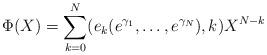
LaTeX: \begin{align*}\Phi(X)=\sum_{k=0}^{N}(e_{k}(e^{\gamma_{1}},\ldots,e^{\gamma_{N}}),k)X^{N-k}\end{align*}